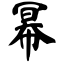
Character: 幂